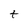
Character: t